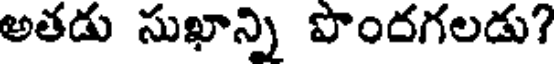
అతడు సుఖాన్ని పొందగలడు?